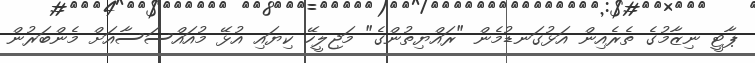
ޕާޓީ ނިޒާމުގެ ތެރެއިން އަޅުގަނޑުމެން "ރައްޔިތުންގެ" މަޖިލީހޭ ކިޔައި އުޅޭ މުއައްސަސާއަށް މެންބަރުން